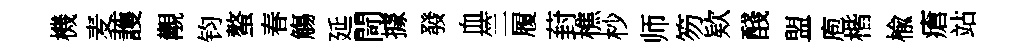
機麦䕶覯钧螯春觴延閜據發血竺履葑樵杪师笏欵醆盟庖楷楡瘡站